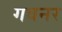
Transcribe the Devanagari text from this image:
गवनर